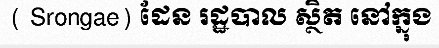
( Srongae) ដែន រដ្ឋបាល ស្ថិត នៅក្នុង